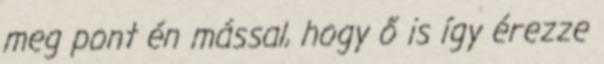
meg pont én mással, hogy ő is így érezze